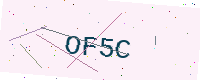
Text: OF5C